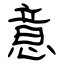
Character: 意